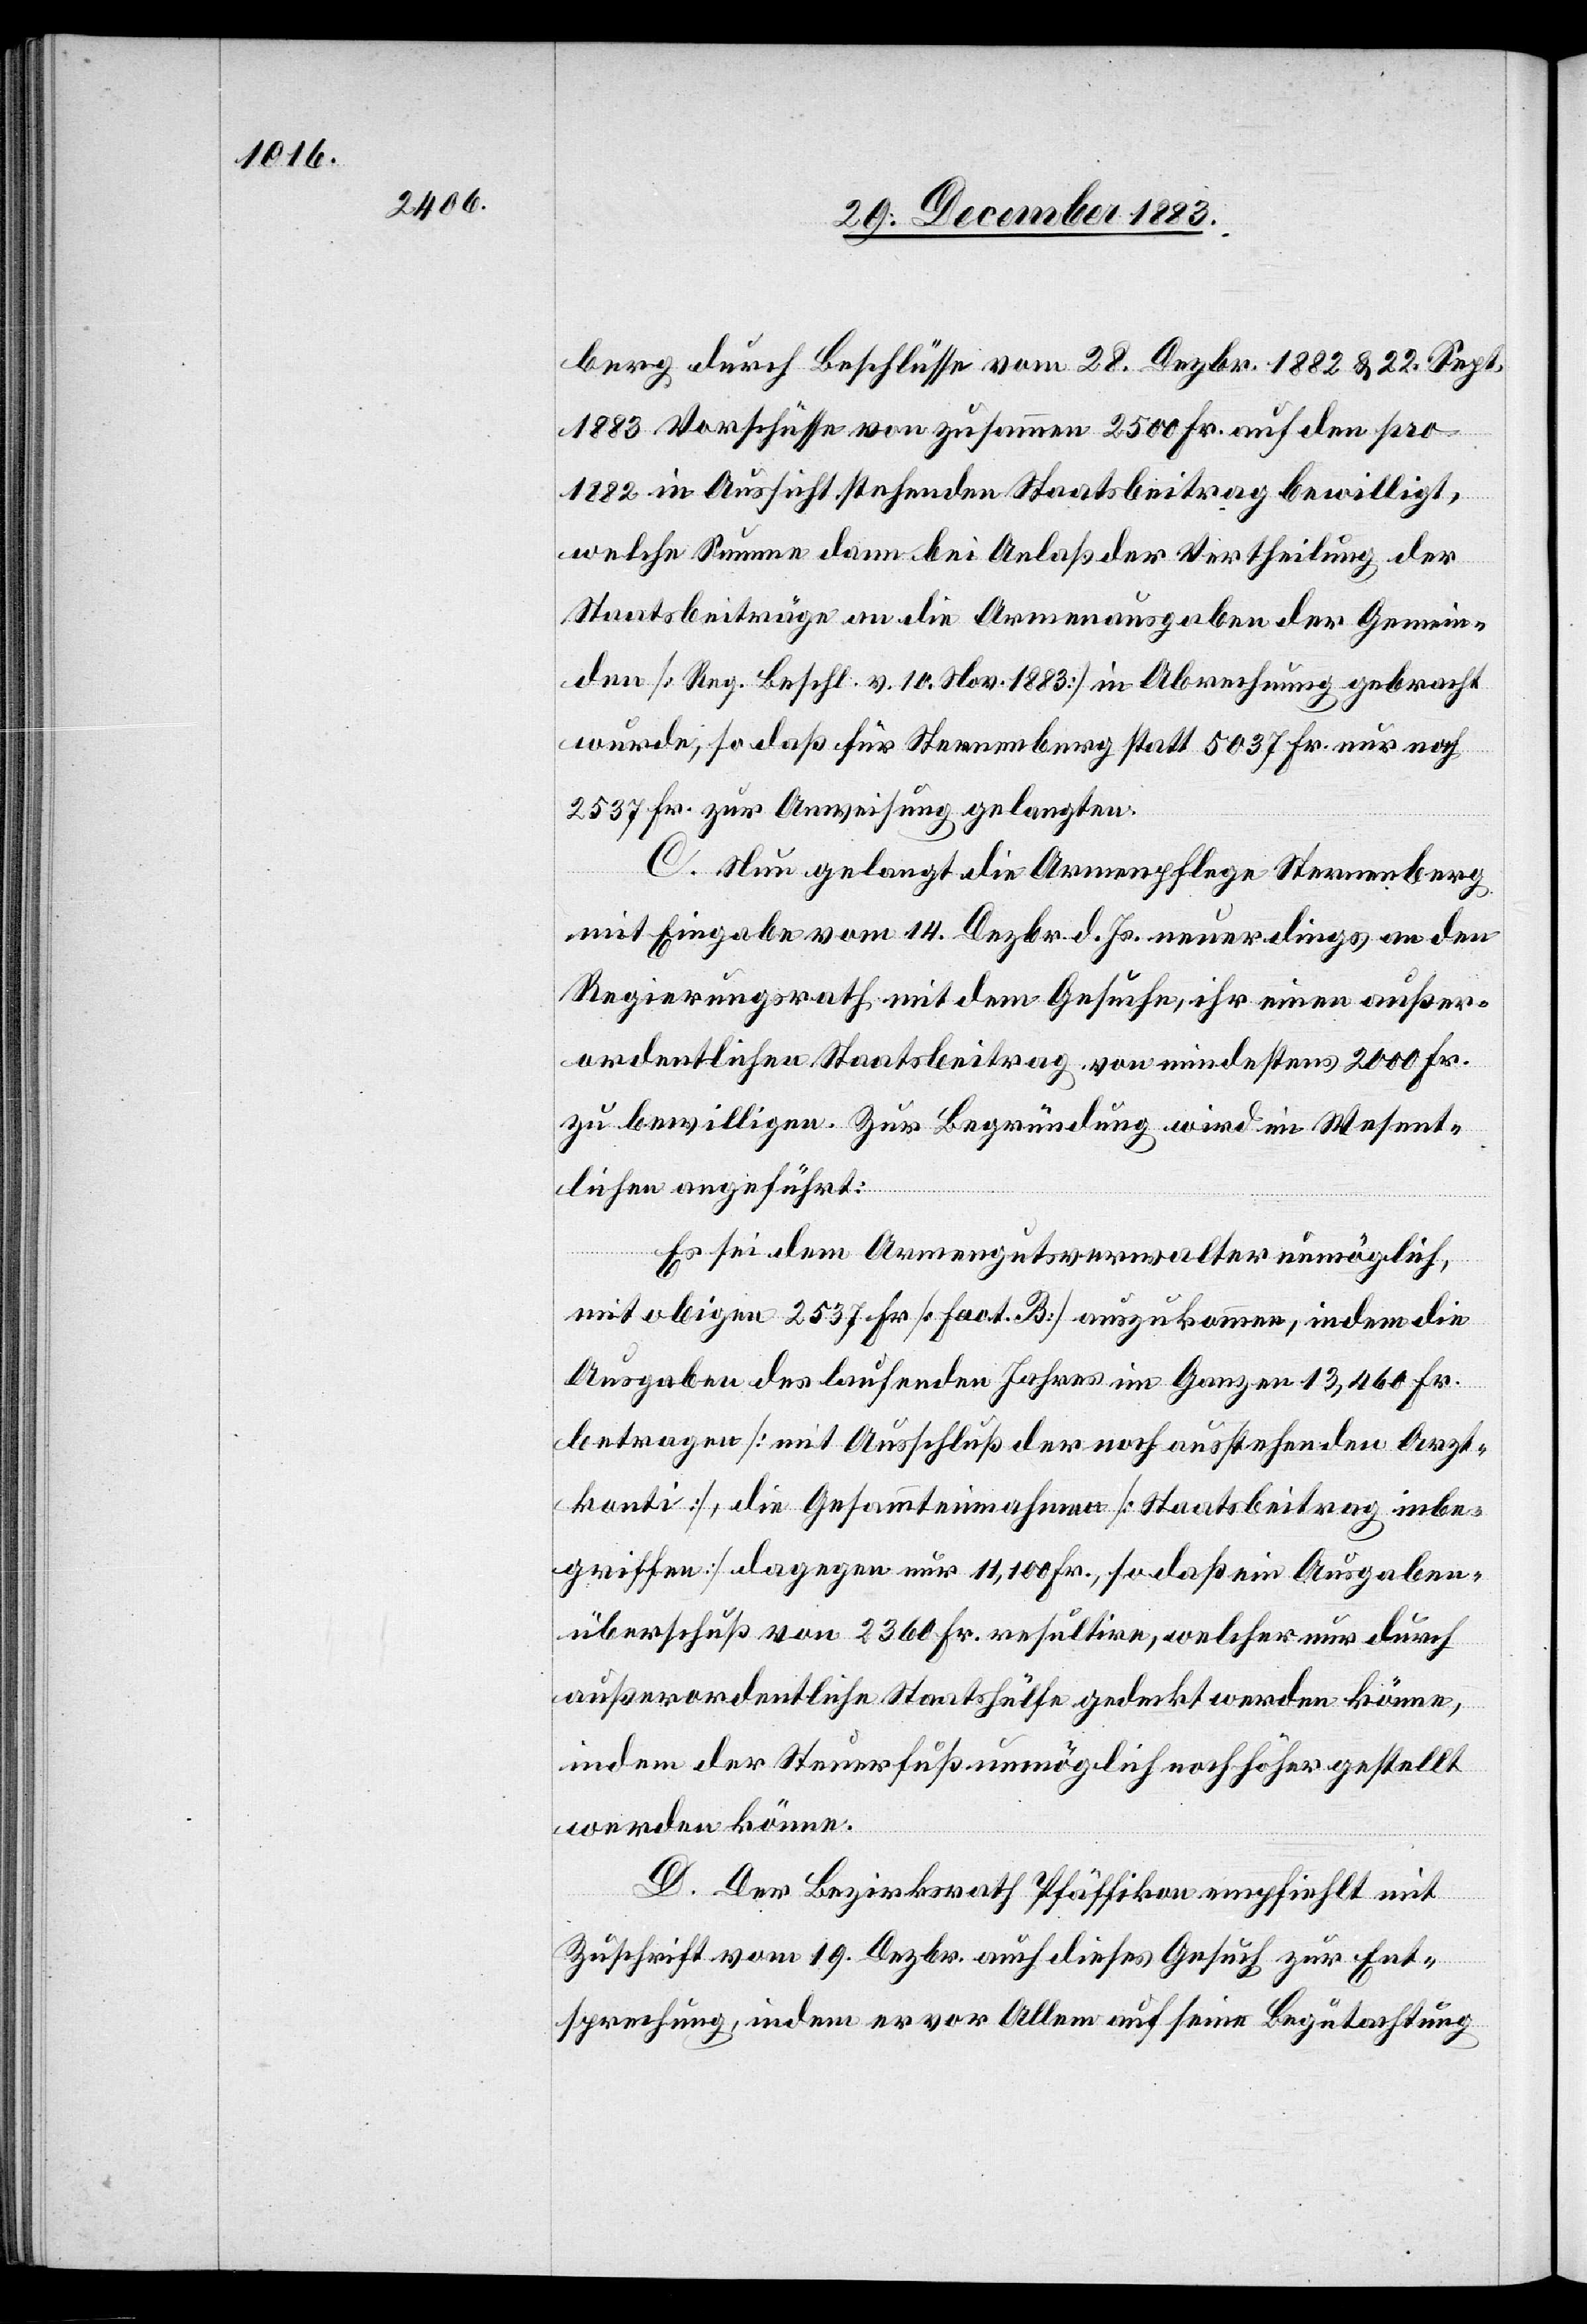
berg durch Beschlüsse vom 28. Dezbr. 1882 & 22. Sept.
1883 Vorschüsse von zusammen 2500 Fr. auf den pro
1882 in Aussicht stehenden Staatsbeitrag bewilligt,
welche Summe dann bei Anlaß der Vertheilung der
Staatsbeiträge an die Armenausgaben der Gemein¬
den [Reg. Beschl. v. 10. Nov. 1883] in Abrechnung gebracht
wurde, so daß für Sternenberg statt 5037 Fr. nur noch
2537 Fr. zur Anweisung gelangten.
C. Neu gelangt die Armenpflege Sternenberg
mit Eingabe vom 14. Dezbr. d. Js neuerdings an den
Regierungsrath mit dem Gesuche, ihr einen außer¬
ordentlichen Staatsbeitrag von mindestens 2000 Fr.
zu bewilligen. Zur Begründung wird im Wesent¬
Arz¬
lichen angeführt:
Es sei dem Armengutsverwalter unmöglich,
mit obigen 2537 Fr. [Fact. B] auszukommen, indem die
tkonti], die Gesammteinnahmen [Staatsbeitrag inbe¬
griffen] dagegen nur 11,100 Fr., so daß ein Ausgaben¬
überschuß von 2360 Fr. resultire, welcher nur durch
außerordentliche Staatshülfe gedeckt werden könne,
indem der Steuerfuß unmöglich noch höher gestellt
werden könne.
D. Der Bezirksrath Pfäffikon empfiehlt mit
Zuschrift vom 19. Dezbr. auch dieses Gesuch zur Ent¬
sprechung, indem er vor Allem auf seine Begutachtung